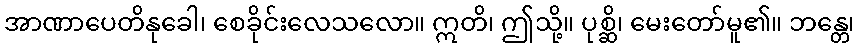
အာဏာပေတိနုခေါ၊ စေခိုင်းလေသလော။ ဣတိ၊ ဤသို့။ ပုစ္ဆိ၊ မေးတော်မူ၏။ ဘန္တေ၊